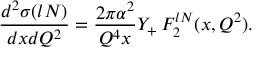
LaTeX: \frac { d ^ { 2 } \sigma ( l N ) } { d x d Q ^ { 2 } } = \frac { 2 \pi \alpha ^ { 2 } } { Q ^ { 4 } x } Y _ { + } \, F _ { 2 } ^ { l N } ( x , Q ^ { 2 } ) .